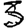
Digit: 3